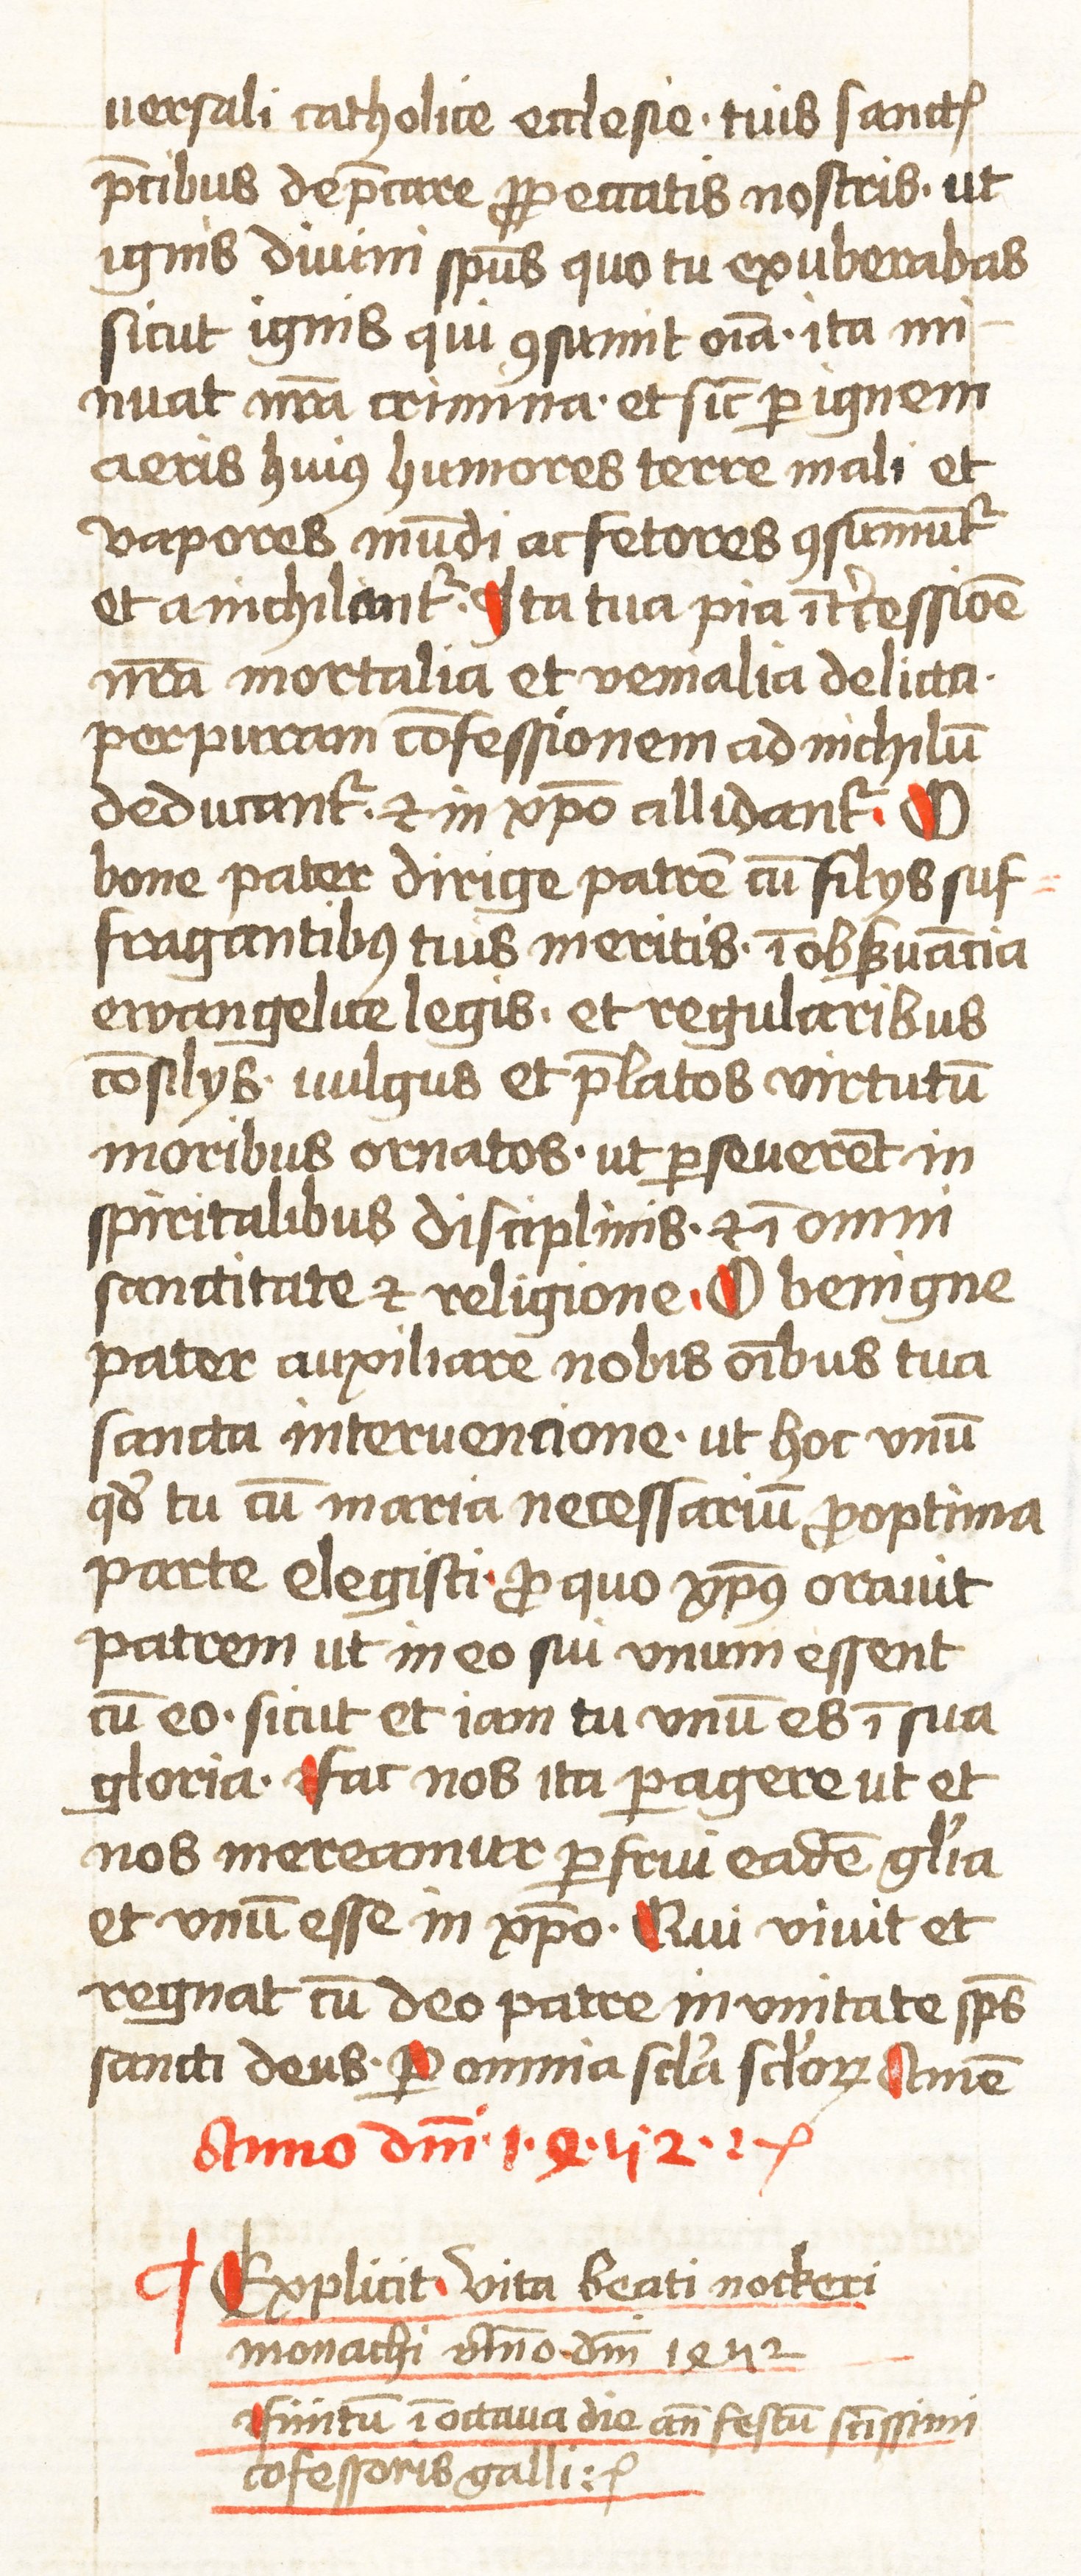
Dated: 1452–1459